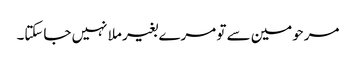
مرحومین سے تو مرے بغیر ملا نہیں جاسکتا۔